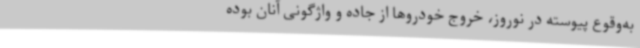
به‌وقوع پیوسته در نوروز، خروج خودروها از جاده و واژگونی آنان بوده